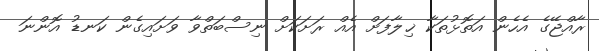
ރާއްޖޭގެ އެހެން އަތޮޅުތަކާ ޚިލާފަށް އެއް ރަށަކަށް ނިސްބަތްވާ ވަށައިގެން ކަނޑު އޮންނަ